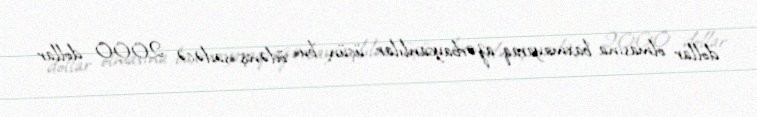
dollar olmasına baxmayaraq azərbaycanlılar üçün bu ödəniş sadəcə 2000 dollar